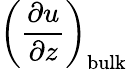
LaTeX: \left(\frac{\partial u}{\partial z}\right)_{\mathrm{bulk}}